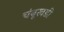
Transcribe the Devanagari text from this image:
चंबूखडी